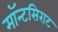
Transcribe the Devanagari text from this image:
मॉन्टसिराट